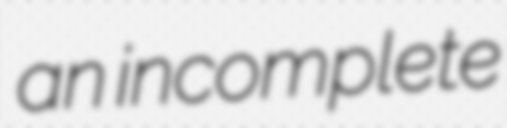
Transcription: an incomplete